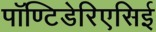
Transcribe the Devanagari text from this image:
पॉण्टिडेरिएसिई